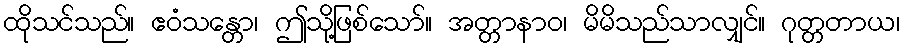
ထိုသင်သည်။ ဧဝံသန္တော၊ ဤသို့ဖြစ်သော်။ အတ္တာနာဝ၊ မိမိသည်သာလျှင်။ ဂုတ္တတာယ၊